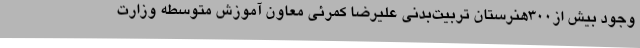
وجود بیش از300هنرستان تربیت‌بدنی علیرضا کمرئی معاون آموزش متوسطه وزارت